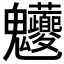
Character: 𩵊